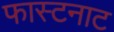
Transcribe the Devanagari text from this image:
फास्टनाट